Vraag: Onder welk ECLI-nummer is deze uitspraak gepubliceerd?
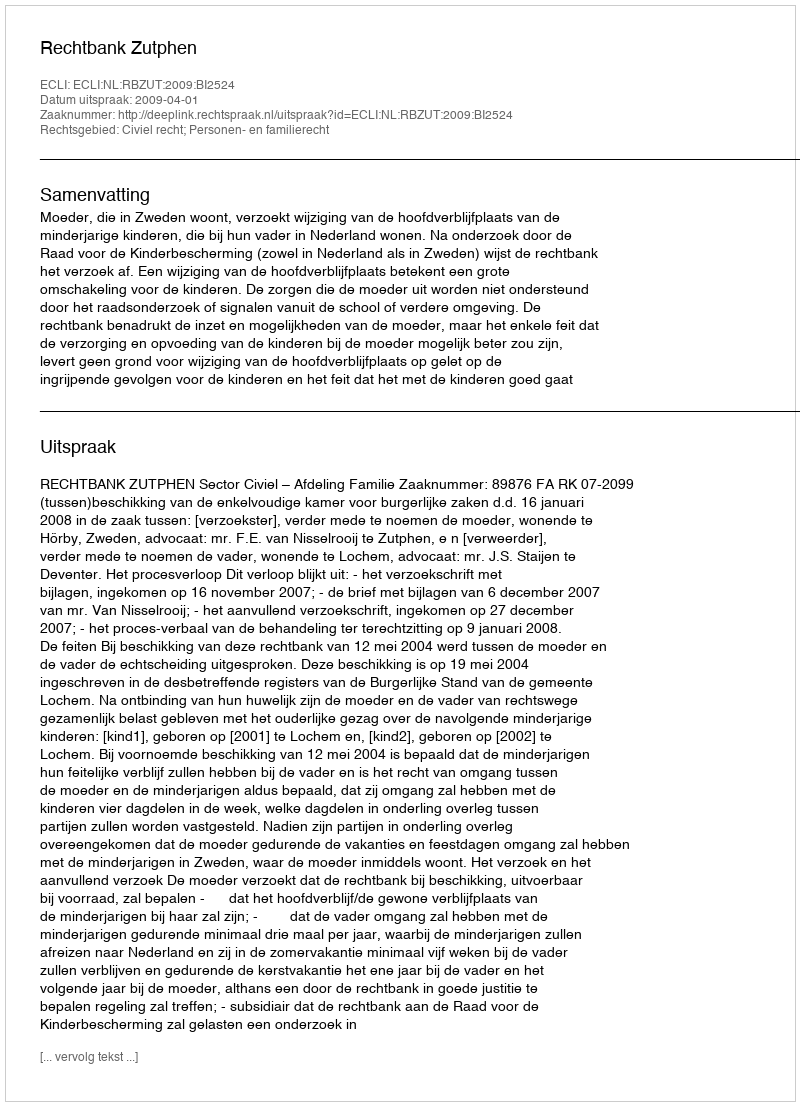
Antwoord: ECLI:NL:RBZUT:2009:BI2524